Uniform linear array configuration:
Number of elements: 32
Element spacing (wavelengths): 0.75
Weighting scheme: blackman
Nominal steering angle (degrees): -30
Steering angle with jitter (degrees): -31.025
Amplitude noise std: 0.05
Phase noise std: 0.05

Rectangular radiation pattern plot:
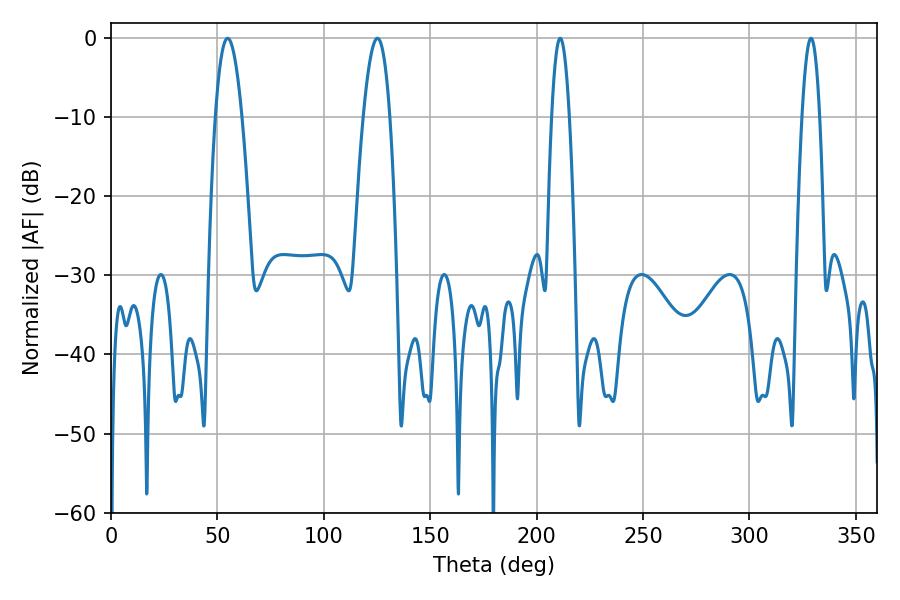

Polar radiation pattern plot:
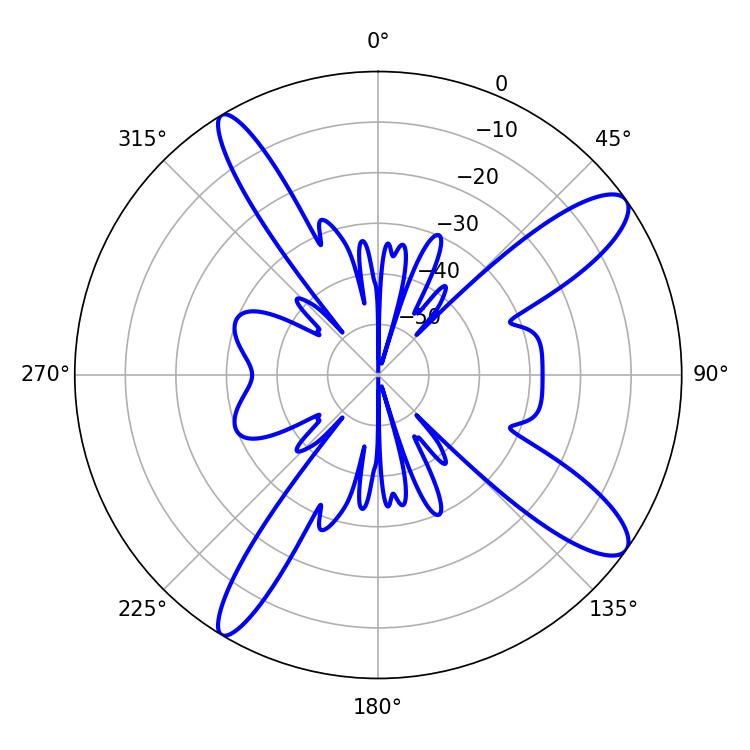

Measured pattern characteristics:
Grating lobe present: TRUE
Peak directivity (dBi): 12.113
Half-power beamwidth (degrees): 6.84
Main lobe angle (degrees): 54.72